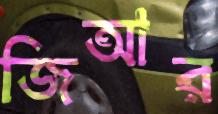
জিআর